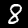
Label: 8